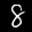
Label: 8